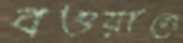
বওয়ালে